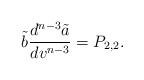
\begin{align*} \tilde{b}\frac{d^{n-3}\tilde{a}}{dv^{n-3}}=P_{2,2}.\end{align*}